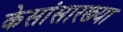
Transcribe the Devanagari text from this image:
केसांसारख्या